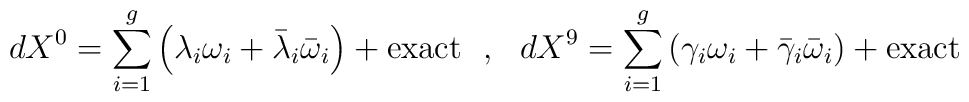
dX^0=\sum_{i=1}^{g}\left( \lambda_i\omega_i+\bar\lambda_i\bar\omega_i\right)+{\rm exact}~~,~~dX^9=\sum_{i=1}^{g}\left( \gamma_i\omega_i+\bar\gamma_i\bar\omega_i\right)+{\rm exact}